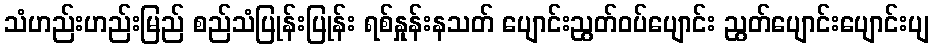
သံဟည်းဟည်းမြည် စည်သံပြုန်းပြုန်း ရစ်နှုန်းနသတ် ပျောင်းညွတ်ဝပ်ပျောင်း ညွတ်ပျောင်းပျောင်းပျ